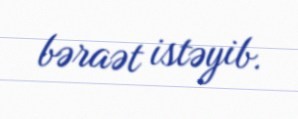
bəraət istəyib.